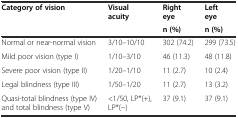
| <ROWSPAN=2> Category of vision | <ROWSPAN=2> Visual acuity | Right eye | Left eye |
 | n (%) | n (%) |
 | --- | --- | --- | --- |
 | Normal or near-normal vision | 3/10–10/10 | 302 (74.2) | 299 (73.5) |
 | Mild poor vision (type I) | 1/10–3/10 | 46 (11.3) | 48 (11.8) |
 | Severe poor vision (type II) | 1/20–1/10 | 11 (2.7) | 10 (2.4) |
 | Legal blindness (type III) | 1/50–1/20 | 11 (2.7) | 13 (3.2) |
 | Quasi-total blindness (type IV) and total blindness (type V) | <1/50, LP*(+), LP*(−) | 37 (9.1) | 37 (9.1) |